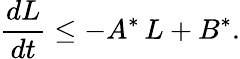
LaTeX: \frac{dL}{dt}\leq-A^{*}\, L+B^{*}.